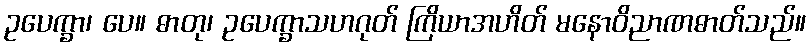
ဥပေက္ခာ၊ ပေ။ ဓာတု၊ ဥပေက္ခာသဟဂုတ် ကြိယာအဟိတ် မနောဝိညာဏဓာတ်သည်။